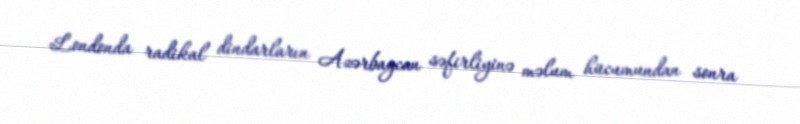
Londonda radikal dindarların Azərbaycan səfirliyinə məlum hücumundan sonra